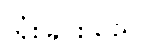
သုံးခြင်းသည်